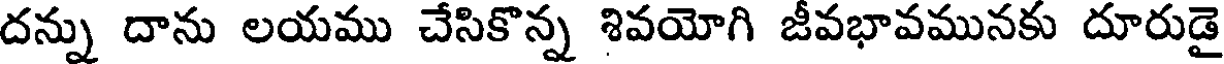
దన్ను దాను లయము చేసికొన్న శివయోగి జీవభావమునకు దూరుడై